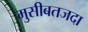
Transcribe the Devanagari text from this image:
मुसीबतजदा